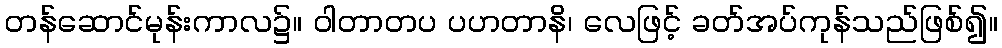
တန်ဆောင်မုန်းကာလ၌။ ဝါတာတပ ပဟတာနိ၊ လေဖြင့် ခတ်အပ်ကုန်သည်ဖြစ်၍။